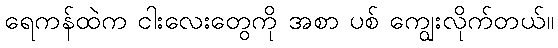
ရေကန်ထဲက ငါးလေးတွေကို အစာ ပစ် ကျွေးလိုက်တယ်။